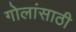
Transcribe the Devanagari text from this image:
गोलांसाठी